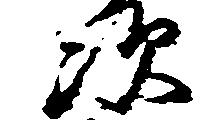
次